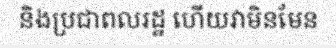
និងប្រជាពលរដ្ឋ ហើយវាមិនមែន